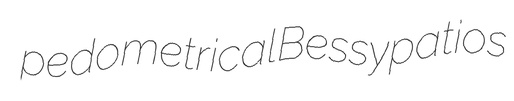
pedometrical Bessy patios